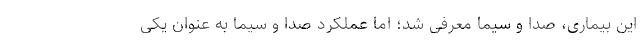
این بیماری، صدا و سیما معرفی شد؛ اما عملکرد صدا و سیما به عنوان یکی